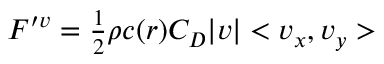
\begin{array} { r } { F ^ { \prime v } = \frac { 1 } { 2 } \rho c ( r ) C _ { D } | v | < v _ { x } , v _ { y } > } \end{array}